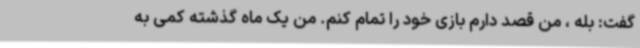
گفت: بله ، من قصد دارم بازی خود را تمام کنم. من یک ماه گذشته کمی به